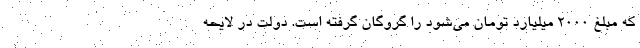
که مبلغ ۲۰۰۰ میلیارد تومان می‌شود را گروگان گرفته است. دولت در لایحه